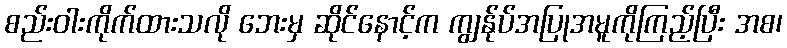
စည်းဝါးကိုက်ထားသလို ဘေးမှ ဆိုင်နောင့်က ကျွန်ုပ်အပြုအမူကိုကြည့်ပြီး အစ၊